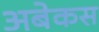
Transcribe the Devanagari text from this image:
अबेकस